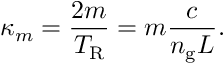
\kappa _ { m } = \frac { 2 m } { T _ { \mathrm { R } } } = m \frac { c } { n _ { \mathrm { g } } L } .